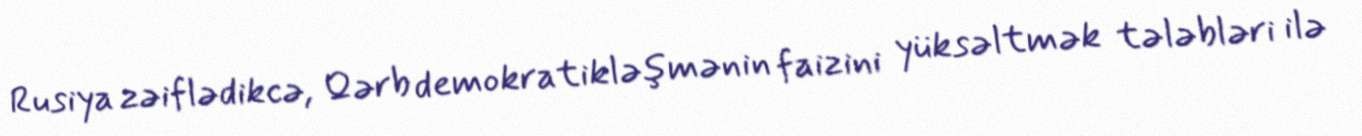
Rusiya zəiflədikcə, Qərb demokratikləşmənin faizini yüksəltmək tələbləri ilə